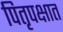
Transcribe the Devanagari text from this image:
पितृपक्षात